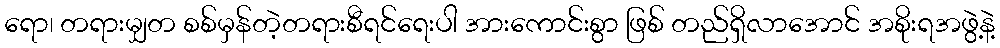
ရော၊ တရားမျှတ စစ်မှန်တဲ့တရားစီရင်ရေးပါ အားကောင်းစွာ ဖြစ် တည်ရှိလာအောင် အစိုးရအဖွဲ့နဲ့